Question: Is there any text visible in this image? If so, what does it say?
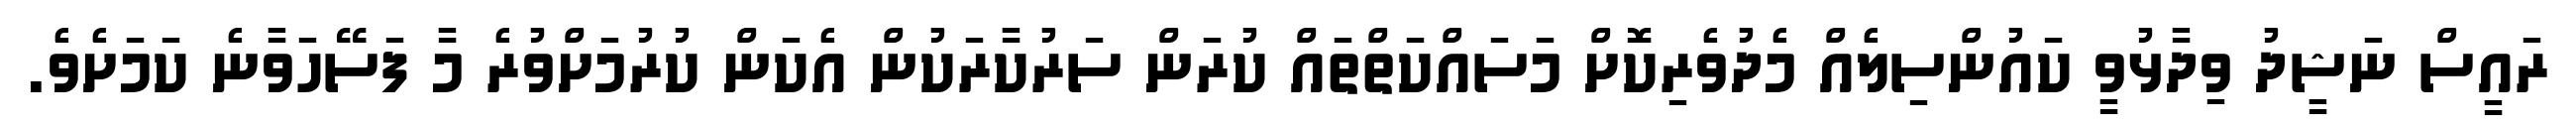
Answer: ރައީސް ނަޝީދު ވިދާޅުވީ ކައުންސިލެއް މެދުވެރިކޮށް މަސައްކަތްތައް ކުރަން ސަރުކާރަކުން އެކަން ކުރުމަށްވުރެ މާ ފަސޭހަވާނެ ކަމަށެވެ.